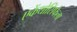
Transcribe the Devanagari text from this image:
एकेंथोसिफेला